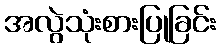
အလွဲသုံးစားပြုခြင်း